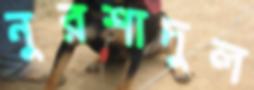
নুরশাদুল